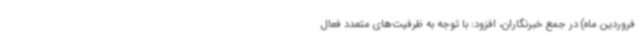
فروردین ماه) در جمع خبرنگاران، افزود: با توجه به ظرفیت‌های متعدد فعال